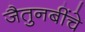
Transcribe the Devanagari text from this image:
जैतुनबींचे